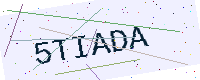
Text: 5TIADA